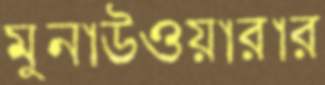
মুনাউওয়ারার